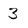
Character: 3